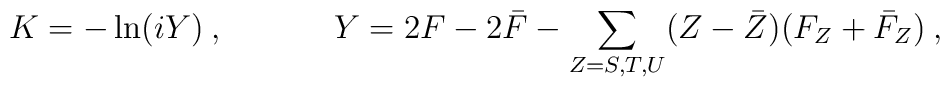
K=-\ln (iY)\: ,~~~~~~~~~~Y=2F-2\bar{F}-{\sum_{Z=S,T,U}}(Z-\bar{Z})(F_Z+\bar{F}_Z)\: ,